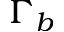
\Gamma _ { b }